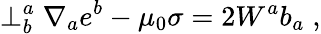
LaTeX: \perp_{b}^{a}\nabla_{a}e^{b}-\mu_{0}\sigma=2W^{a}b_{a}\; ,